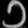
Digit: ၁